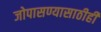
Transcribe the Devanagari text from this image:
जोपासण्यासाठीही